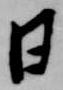
日